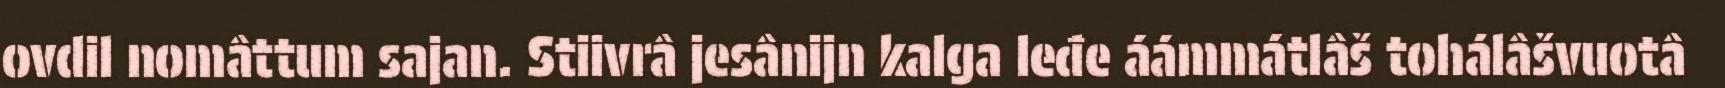
ovdil nomâttum sajan. Stiivrâ jesânijn kalga leđe áámmátlâš tohálâšvuotâ